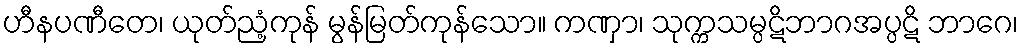
ဟီနပဏီတေ၊ ယုတ်ညံ့ကုန် မွန်မြတ်ကုန်သော။ ကဏှာ၊ သုက္ကသမ္ပဋိဘာဂအပ္ပဋိ ဘာဂေ၊